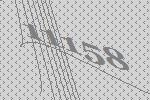
11158